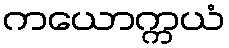
ကယောက္ကယံ